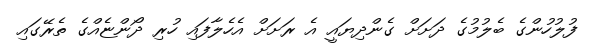
ފުލުހުންގެ ބެލުމުގެ ދަށަށް ގެންދިޔައީ އެ ރަށަށް އެހެލާފައި ހުރި ދޯންޏެއްގެ ތެރޭގައި